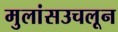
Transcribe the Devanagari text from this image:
मुलांसउचलून